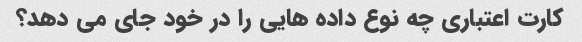
کارت اعتباری چه نوع داده هایی را در خود جای می دهد؟